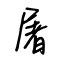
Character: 屠